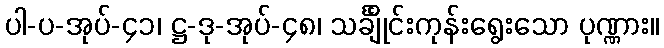
ပါ-ပ-အုပ်-၄၁၊ ဋ္ဌ-ဒု-အုပ်-၄၈၊ သင်္ချိုင်းကုန်းရွေးသော ပုဏ္ဏား။